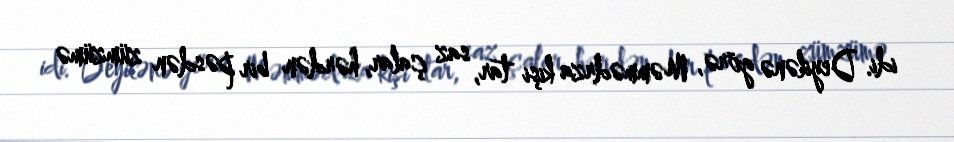
idi. Deyilənə görə, Məmmədrza kişi tar, saz çalar, hərdən bir pəsdən zümzümə